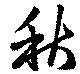
秋